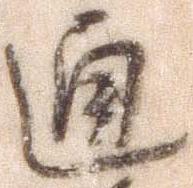
通